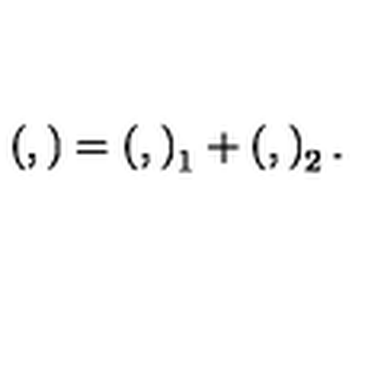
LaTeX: \left( , \right) = \left( , \right) _ { 1 } + \left( , \right) _ { 2 } .